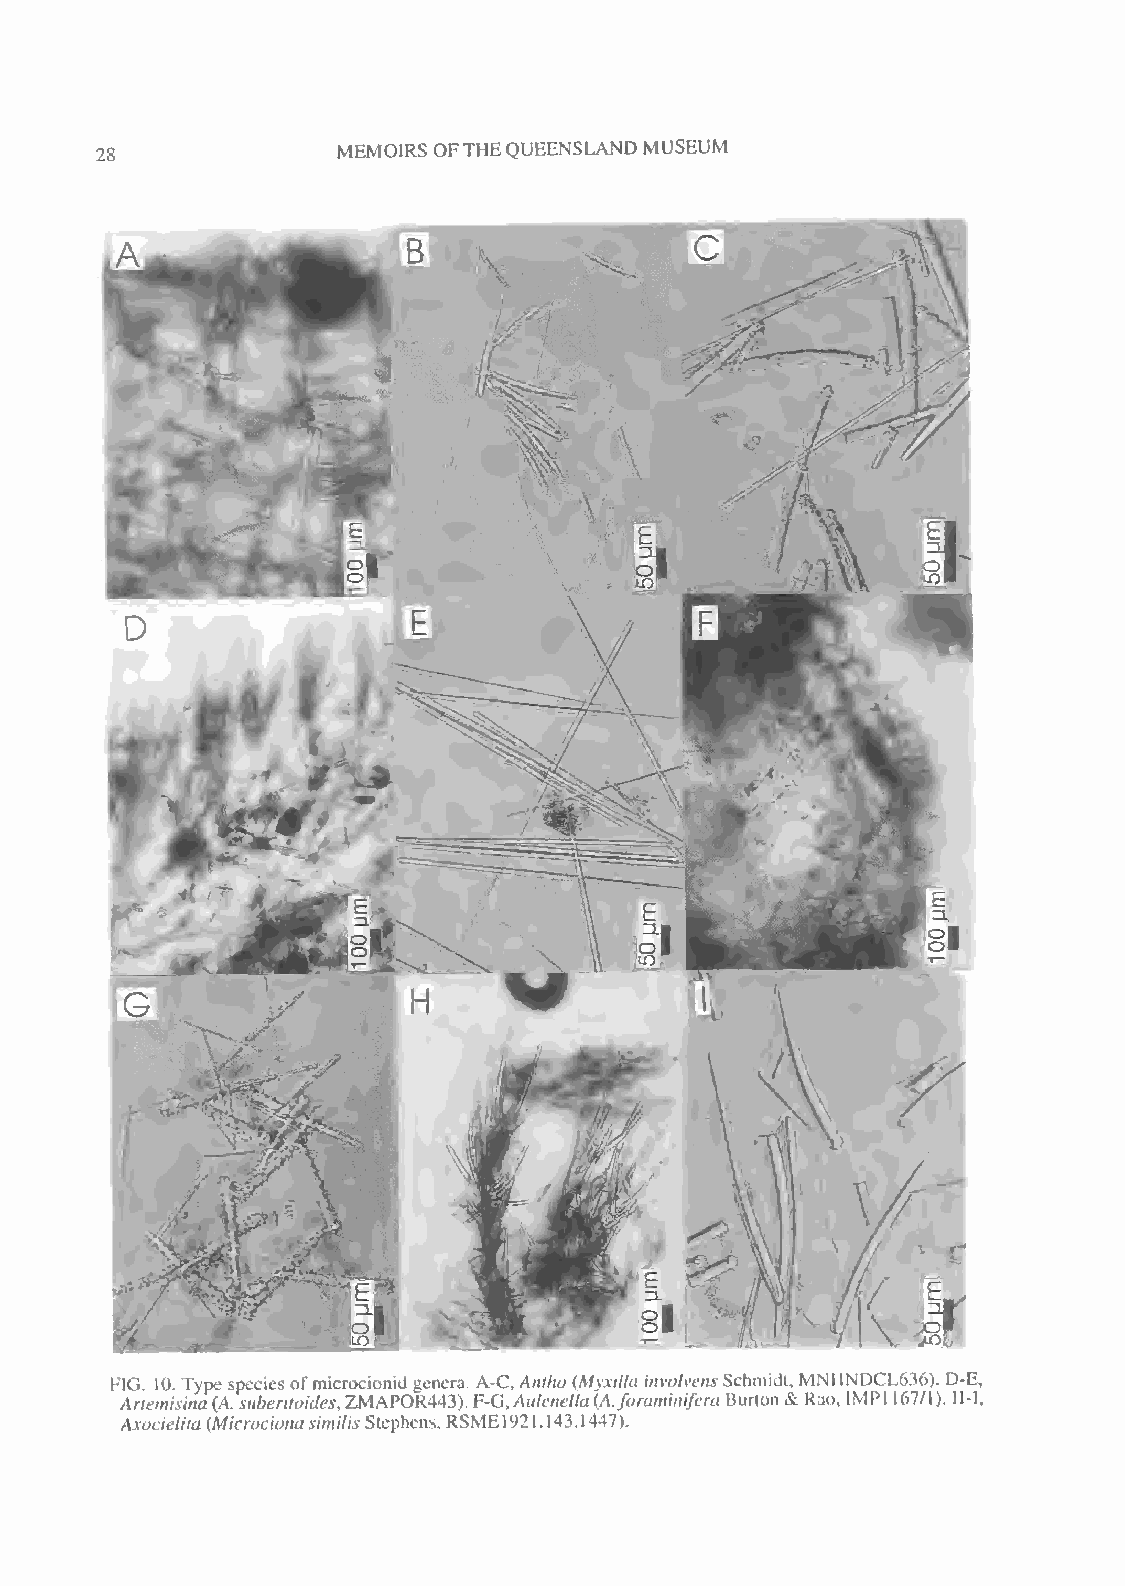
MEMOIRS OFTHEQUEENSLAND MUSEUM
 28
 FIG, 10. Type species ofmicrocionid genera. A-C,Antho (Mvxilla involvensSchmidt, MNHNDCL636). D-E,
 Artemisina(A. suberitoides,ZMAPOR443).F-G,Aulcnella(A.foraminiferaBurion &Rao, 1MPI 167/1). 11-1.
 Axocielita(Microcionasimilis Stephens,RSME192I 143.1447).
 .